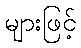
များဖြင့်